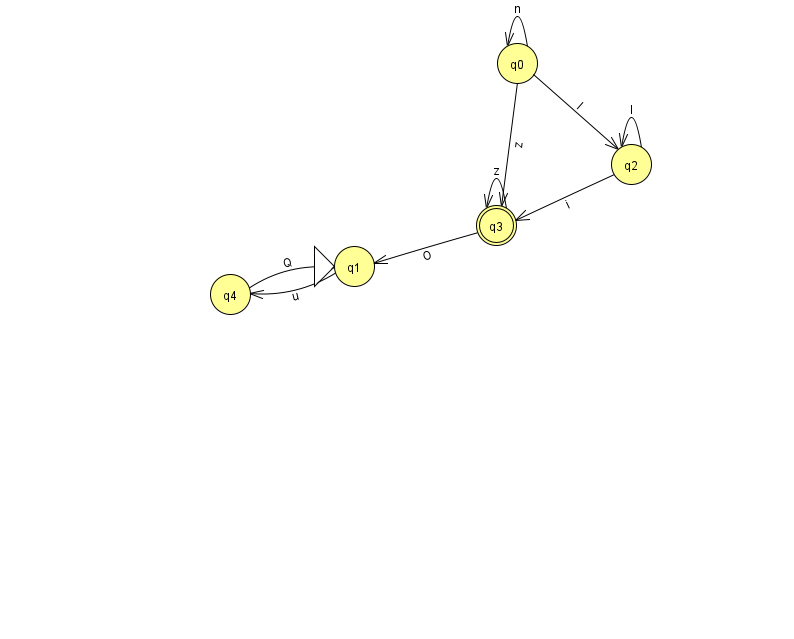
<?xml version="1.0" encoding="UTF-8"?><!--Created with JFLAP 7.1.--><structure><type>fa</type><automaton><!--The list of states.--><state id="0" name="q0"><x>517.0</x><y>50.0</y></state><state id="1" name="q1"><x>354.0</x><y>253.0</y><initial/></state><state id="2" name="q2"><x>631.0</x><y>151.0</y></state><state id="3" name="q3"><x>496.0</x><y>212.0</y><final/></state><state id="4" name="q4"><x>230.0</x><y>281.0</y></state><!--The list of transitions.--><transition><from>0</from><to>3</to><read>z</read></transition><transition><from>0</from><to>2</to><read>I</read></transition><transition><from>2</from><to>3</to><read>i</read></transition><transition><from>4</from><to>1</to><read>Q</read></transition><transition><from>3</from><to>3</to><read>z</read></transition><transition><from>2</from><to>2</to><read>l</read></transition><transition><from>1</from><to>4</to><read>u</read></transition><transition><from>0</from><to>0</to><read>n</read></transition><transition><from>3</from><to>1</to><read>O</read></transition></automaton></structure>